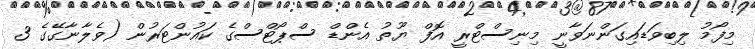
މިފޯމު ލިބިވަޑައިގަންނަވާނީ މިނިސްޓްރީ އޮފް ޔޫތު އެންޑް ސްޕޯޓްސްގެ ކައުންޓަރުން (ވެލާނާގޭގެ 3